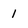
Character: 1